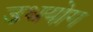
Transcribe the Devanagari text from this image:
उधयोग